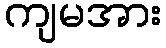
ကျမအား